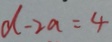
d - 2 a = 4